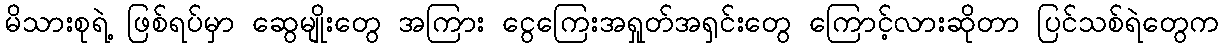
မိသားစုရဲ့ ဖြစ်ရပ်မှာ ဆွေမျိုးတွေ အကြား ငွေကြေးအရှုတ်အရှင်းတွေ ကြောင့်လားဆိုတာ ပြင်သစ်ရဲတွေက